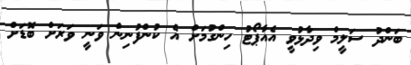
ބަންދު ސަލީމް ވިދާޅުވީ އެއާޕޯޓު ހިންގުމަށް އެ ކުންފުނިން ވަނީ ވަރަށް ބޮޑަށް